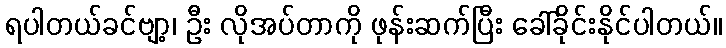
ရပါတယ်ခင်ဗျာ့၊ ဦး လိုအပ်တာကို ဖုန်းဆက်ပြီး ခေါ်ခိုင်းနိုင်ပါတယ်။